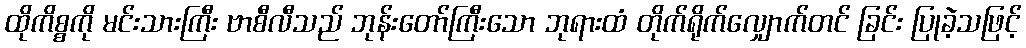
ထိုကိစ္စကို မင်းသားကြီး ဗာစီလီသည် ဘုန်းတော်ကြီးသော ဘုရားထံ တိုက်ရိုက်လျှောက်တင် ခြင်း ပြုခဲ့သဖြင့်